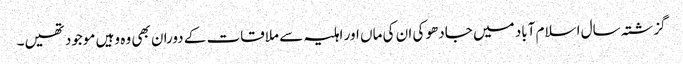
گزشتہ سال اسلام آباد میں جادھو کی ان کی ماں اور اہلیہ سے ملاقات کے دوران بھی وہ وہیں موجود تھیں۔